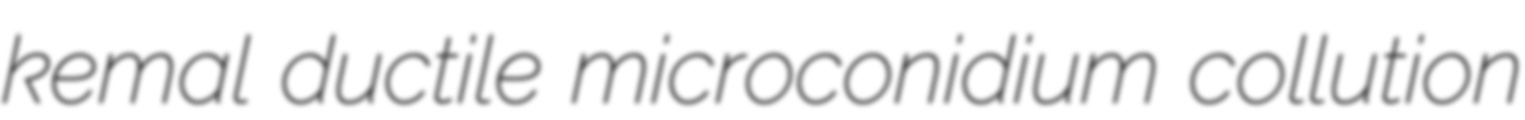
kemal ductile microconidium collution